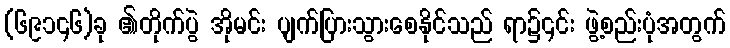
(၆၉၁၄၆)ခု ၏တိုက်ပွဲ အိုမင်း ပျက်ပြားသွားစေနိုင်သည် ရာ၌၎င်း ဖွဲ့စည်းပုံအတွက်